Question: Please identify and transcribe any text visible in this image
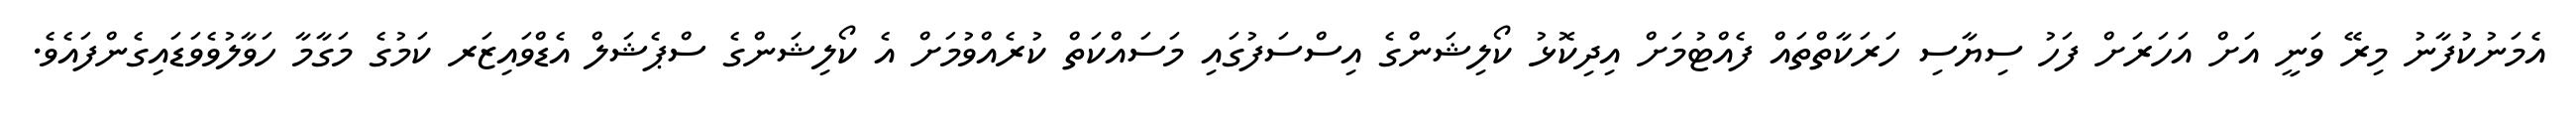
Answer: އެމަނުކުފާނު މިރޭ ވަނީ އަށް އަހަރަށް ފަހު ސިޔާސި ހަރަކާތްތައް ފެއްޓުމަށް އިދިކޮޅު ކޯލިޝަންގެ އިސްސަފުގައި މަސައްކަތް ކުރެއްވުމަށް އެ ކޯލިޝަންގެ ސްޕެޝަލް އެޑްވައިޒަރ ކަމުގެ މަގާމާ ހަވާލުވެވަޑައިގެންފައެވެ.